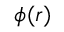
\phi ( \boldsymbol { r } )